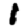
Digit: 1